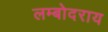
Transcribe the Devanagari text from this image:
लम्बोदराय